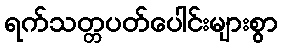
ရက်သတ္တပတ်ပေါင်းများစွာ